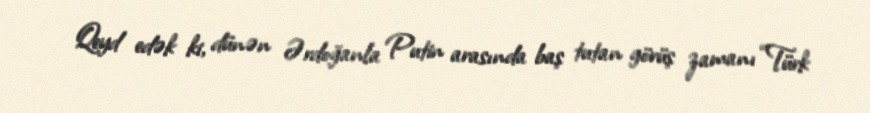
Qeyd edək ki, dünən Ərdoğanla Putin arasında baş tutan görüş zamanı “Türk